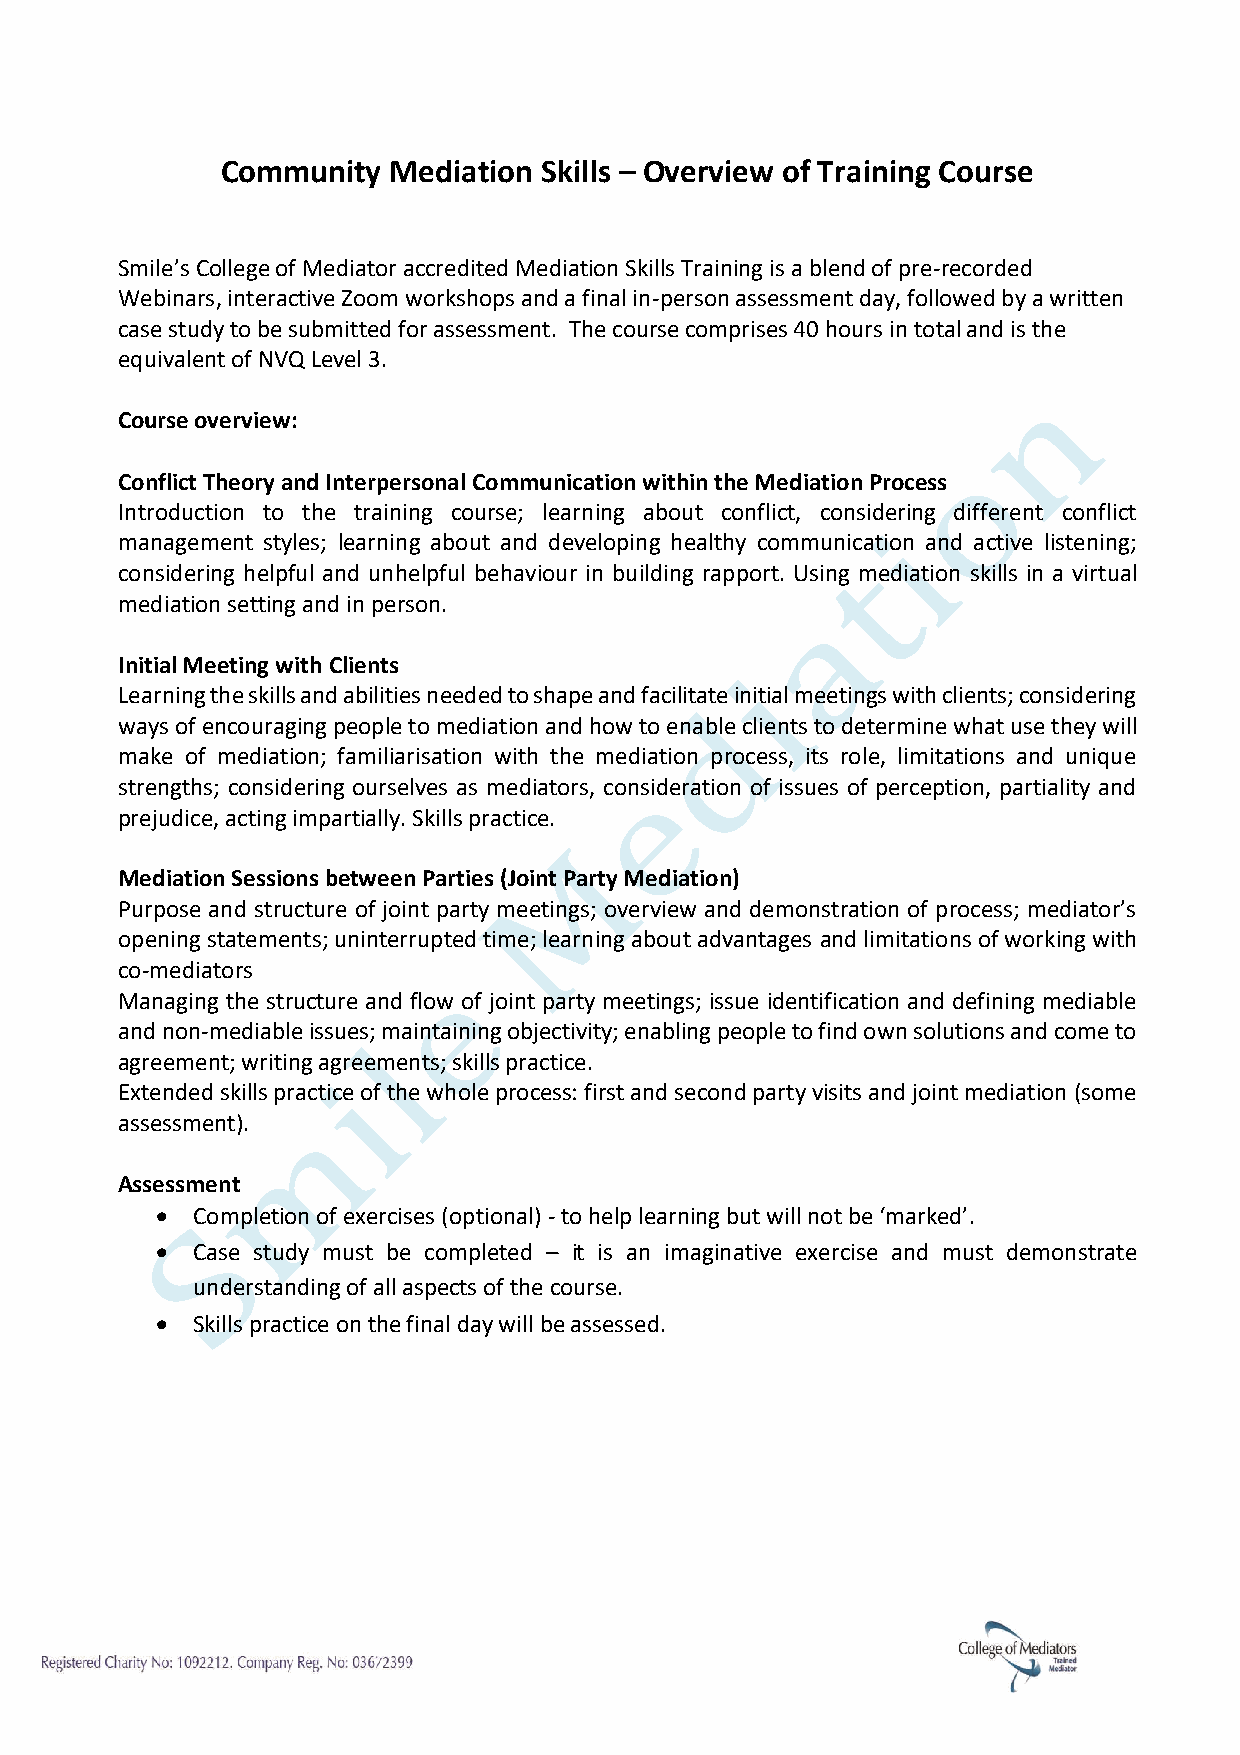
Community  Mediation Skills – Overview of Training Course
 Smile’s College of Mediator accredited Mediation Skills Training is a blend of pre-recorded
 Webinars, interactive Zoom workshops and a final in-person assessment day, followed by a written
 case study to be submitted for assessment. The course comprises 40 hours in total and is the
 equivalent of NVQ Level 3.
 Course overview:
 Conflict Theory and Interpersonal Communication within the Mediation Process
 Introduction to the training course; learning about conflict, considering different conflict
 management styles; learning about and developing healthy communication and active listening;
 considering helpful and unhelpful behaviour in building rapport. Using mediation skills in a virtual
 mediation setting and in person.
 Initial Meeting with Clients
 Learning the skills and abilities needed to shape and facilitate initial meetings with clients; considering
 ways of encouraging people to mediation and how to enable clients to determine what use they will
 make of mediation; familiarisation with the mediation process, its role, limitations and unique
 strengths; considering ourselves as mediators, consideration of issues of perception, partiality and
 prejudice, acting impartially. Skills practice.
 Mediation Sessions between Parties (Joint Party Mediation)
 Purpose and structure of joint party meetings; overview and demonstration of process; mediator’s
 opening statements; uninterrupted time; learning about advantages and limitations of working with
 co-mediators
 Managing the structure and flow of joint party meetings; issue identification and defining mediable
 and non-mediable issues; maintaining objectivity; enabling people to find own solutions and come to
 agreement; writing agreements; skills practice.
 Extended skills practice of the whole process: first and second party visits and joint mediation (some
 assessment).
 Assessment
 •  Completion of exercises (optional) - to help learning but will not be ‘marked’.
 •  Case study must be completed – it is an imaginative exercise and must demonstrate
 understanding of all aspects of the course.
 •  Skills practice on the final day will be assessed.